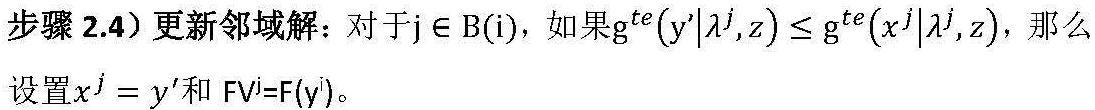
步骤 2.4）更新邻域解：对于$j \in B(i)$，如果$g^{te}(y'|\lambda^j,z) \leq g^{te}(x^j|\lambda^j,z)$，那么设置$x^j = y'$和 $FV^j=F(y')$。